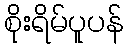
စိုးရိမ်ပူပန်